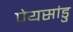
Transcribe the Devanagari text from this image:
पेयसांडु